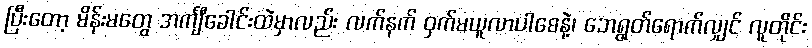
ပြီးတော့ မိန်းမတွေ အင်္ကျီခေါင်းထဲမှာလည်း လက်နက် ဝှက်မယူလာပါစေနဲ့၊ ဘေရွတ်ရောက်လျှင် လူတိုင်း